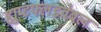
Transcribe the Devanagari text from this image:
ह्युप्टफ्लडवेबल